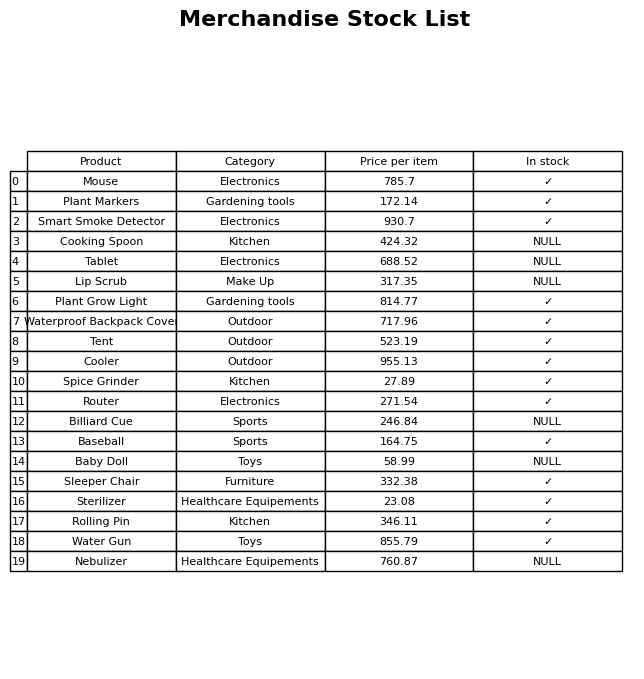
question: What is the price for Nebulizer?
answer: The price of Nebulizer is 760.87.